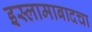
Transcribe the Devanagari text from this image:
इस्लामाबादचा